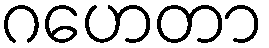
ဂဟေတာ